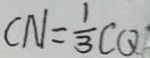
C N = \frac { 1 } { 3 } C Q